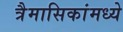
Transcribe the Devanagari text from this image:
त्रैमासिकांमध्ये